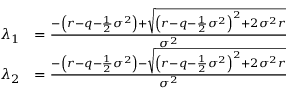
{ \begin{array} { r l } { \lambda _ { 1 } } & { = { \frac { - \left( r - q - { \frac { 1 } { 2 } } \sigma ^ { 2 } \right) + { \sqrt { \left( r - q - { \frac { 1 } { 2 } } \sigma ^ { 2 } \right) ^ { 2 } + 2 \sigma ^ { 2 } r } } } { \sigma ^ { 2 } } } } \\ { \lambda _ { 2 } } & { = { \frac { - \left( r - q - { \frac { 1 } { 2 } } \sigma ^ { 2 } \right) - { \sqrt { \left( r - q - { \frac { 1 } { 2 } } \sigma ^ { 2 } \right) ^ { 2 } + 2 \sigma ^ { 2 } r } } } { \sigma ^ { 2 } } } } \end{array} }